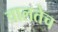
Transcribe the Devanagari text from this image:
चालतेच